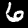
Label: 6